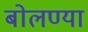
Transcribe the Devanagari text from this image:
बोलण्या